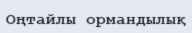
Оңтайлы ормандылық